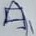
Text: A1